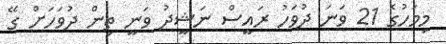
މިމަހުގެ 21 ވަނަ ދުވަހު ރައީސް ނަޝީދު ވަނީ ތިން ދުވަހަށް ގޭ